Statistical return of the lunatic asylum in Assam - 1912-1932
Year: 1912
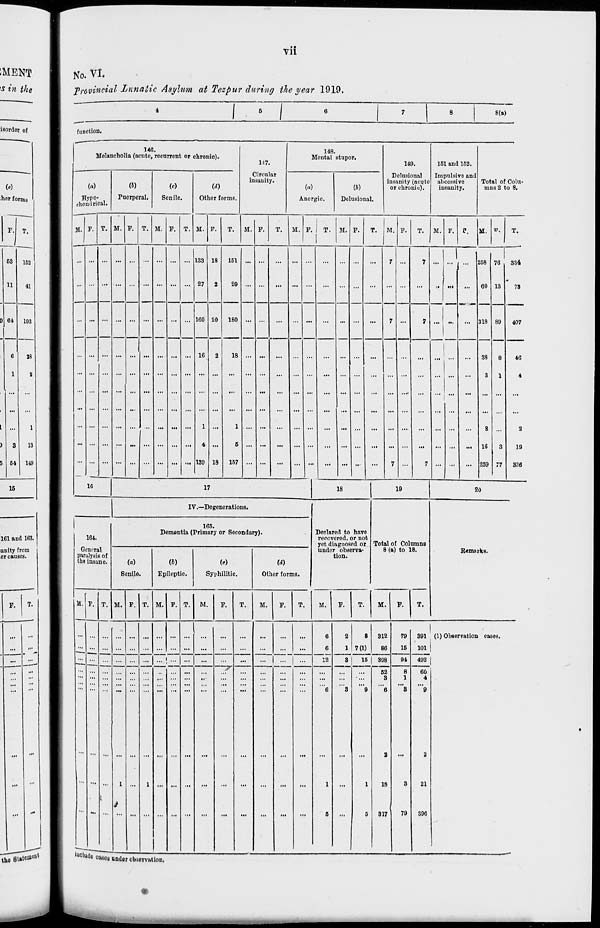
vii
No. VI.
Provincial Lunatic Asylum at Tezpur during the year 1919.
I ■ I
8(a)
function.
146.
Melancholia (acute, recurrent or chronic).
(a)
Hypo-
ohbndrloal.
(«)
Puerperal.
(«)
Senile.
M. P.
M. F. T. M.
T.
(d)
Other forms.
117.
Circular
insanity.
148.
Mental stupor.
Ancrgic.
(b)
Delusional.
149.
Delusional
insanity (acyte
or chronic),
151 and 162.
Impulsive and
abcessive
insanity.
Total of Colu«
mns 2 to 8.
M. F.
M. P.
M. P.
T. M. F.
M. P.
T.
M. F.
M.
T.
133
27
18
169 £0
1G
1
4
139
151
29
180
IS
18
1
5
157
7 ...
258
00
318
76
18
89
88
3
2
16
259
334
78
407
8
46
1C
17
18
19
1
4
...
2
3
19
77
336
20
IV.—Degencrat ions.
Declared to have
recovered, or not
yet diagnosed or
under observa-
tion.
Total of ColumnB
8 (a) to 18.
1
164.
Gcnoral
paralysis of
tha insane.
166.
Dementia (Primary or Secondary).
(a)
(6)
(c)
Id)
Remarks.
Senile.
Epileptic.
Syphilitic.
Other forms.
M. F. T. M. F. T. M. F. T.
M.
F.
T.
M.
F.
T.
M.
F.
T.
M.
F.
T.
"1
6
2
8
312
79
391 (1) Observation casos.
c
... ... ... ... ... ... ... ...
...
... _11_
~
...
...
6
1 7(1)
86
15
101
:::
... ... ... ...
i
...
...
...
...
12
3
15 | 398
91
492
... ...
...
if
T
...
...
.'"
52
3
8
1
60
4
"e
3
9
"e
9
8
9
2
... ... ...
1 ...
1 ... ... ...
...
...
...
...
...
...
l
...
1
18
3
21
5
5
317
79
396
welUo cases under observation,